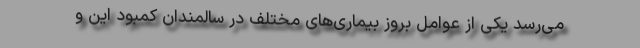
می‌رسد یکی از عوامل بروز بیماری‌های مختلف در سالمندان کمبود این و